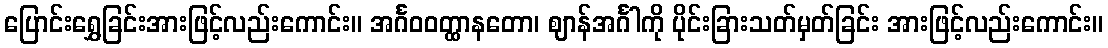
ပြောင်းရွှေခြင်းအားဖြင့်လည်းကောင်း။ အင်္ဂဝဝတ္ထာနတော၊ ဈာန်အင်္ဂါကို ပိုင်းခြားသတ်မှတ်ခြင်း အားဖြင့်လည်းကောင်း။